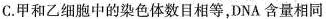
C.甲和乙细胞中的染色体数目相等，DNA含量相同